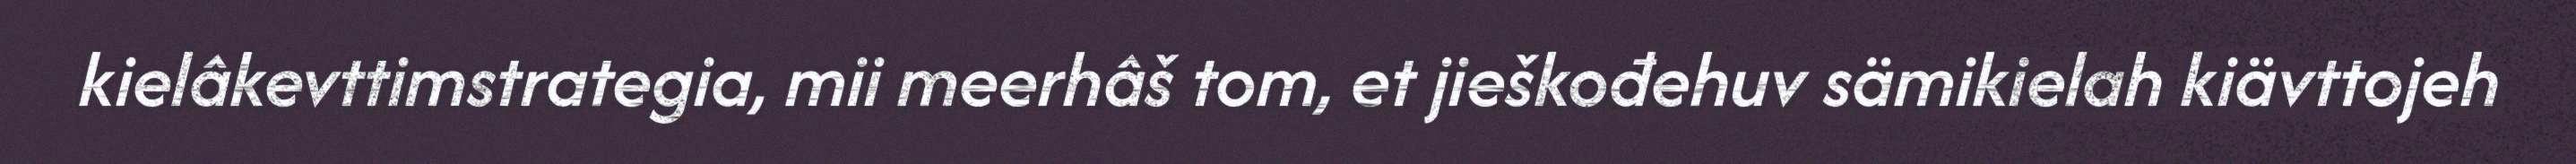
kielâkevttimstrategia, mii meerhâš tom, et jieškođehuv sämikielah kiävttojeh